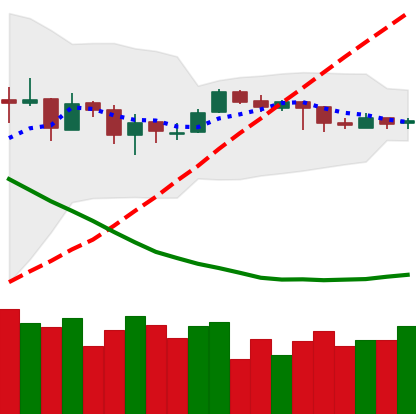
Ticker: EOS-USD
Chart end date: 2019-03-25
Forward return: 12.52%
Label: up_7plus